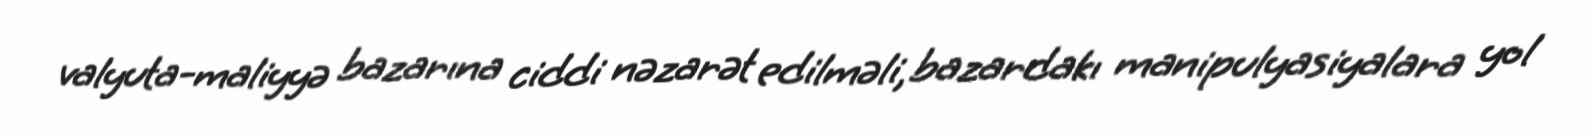
valyuta-maliyyə bazarına ciddi nəzarət edilməli, bazardakı manipulyasiyalara yol